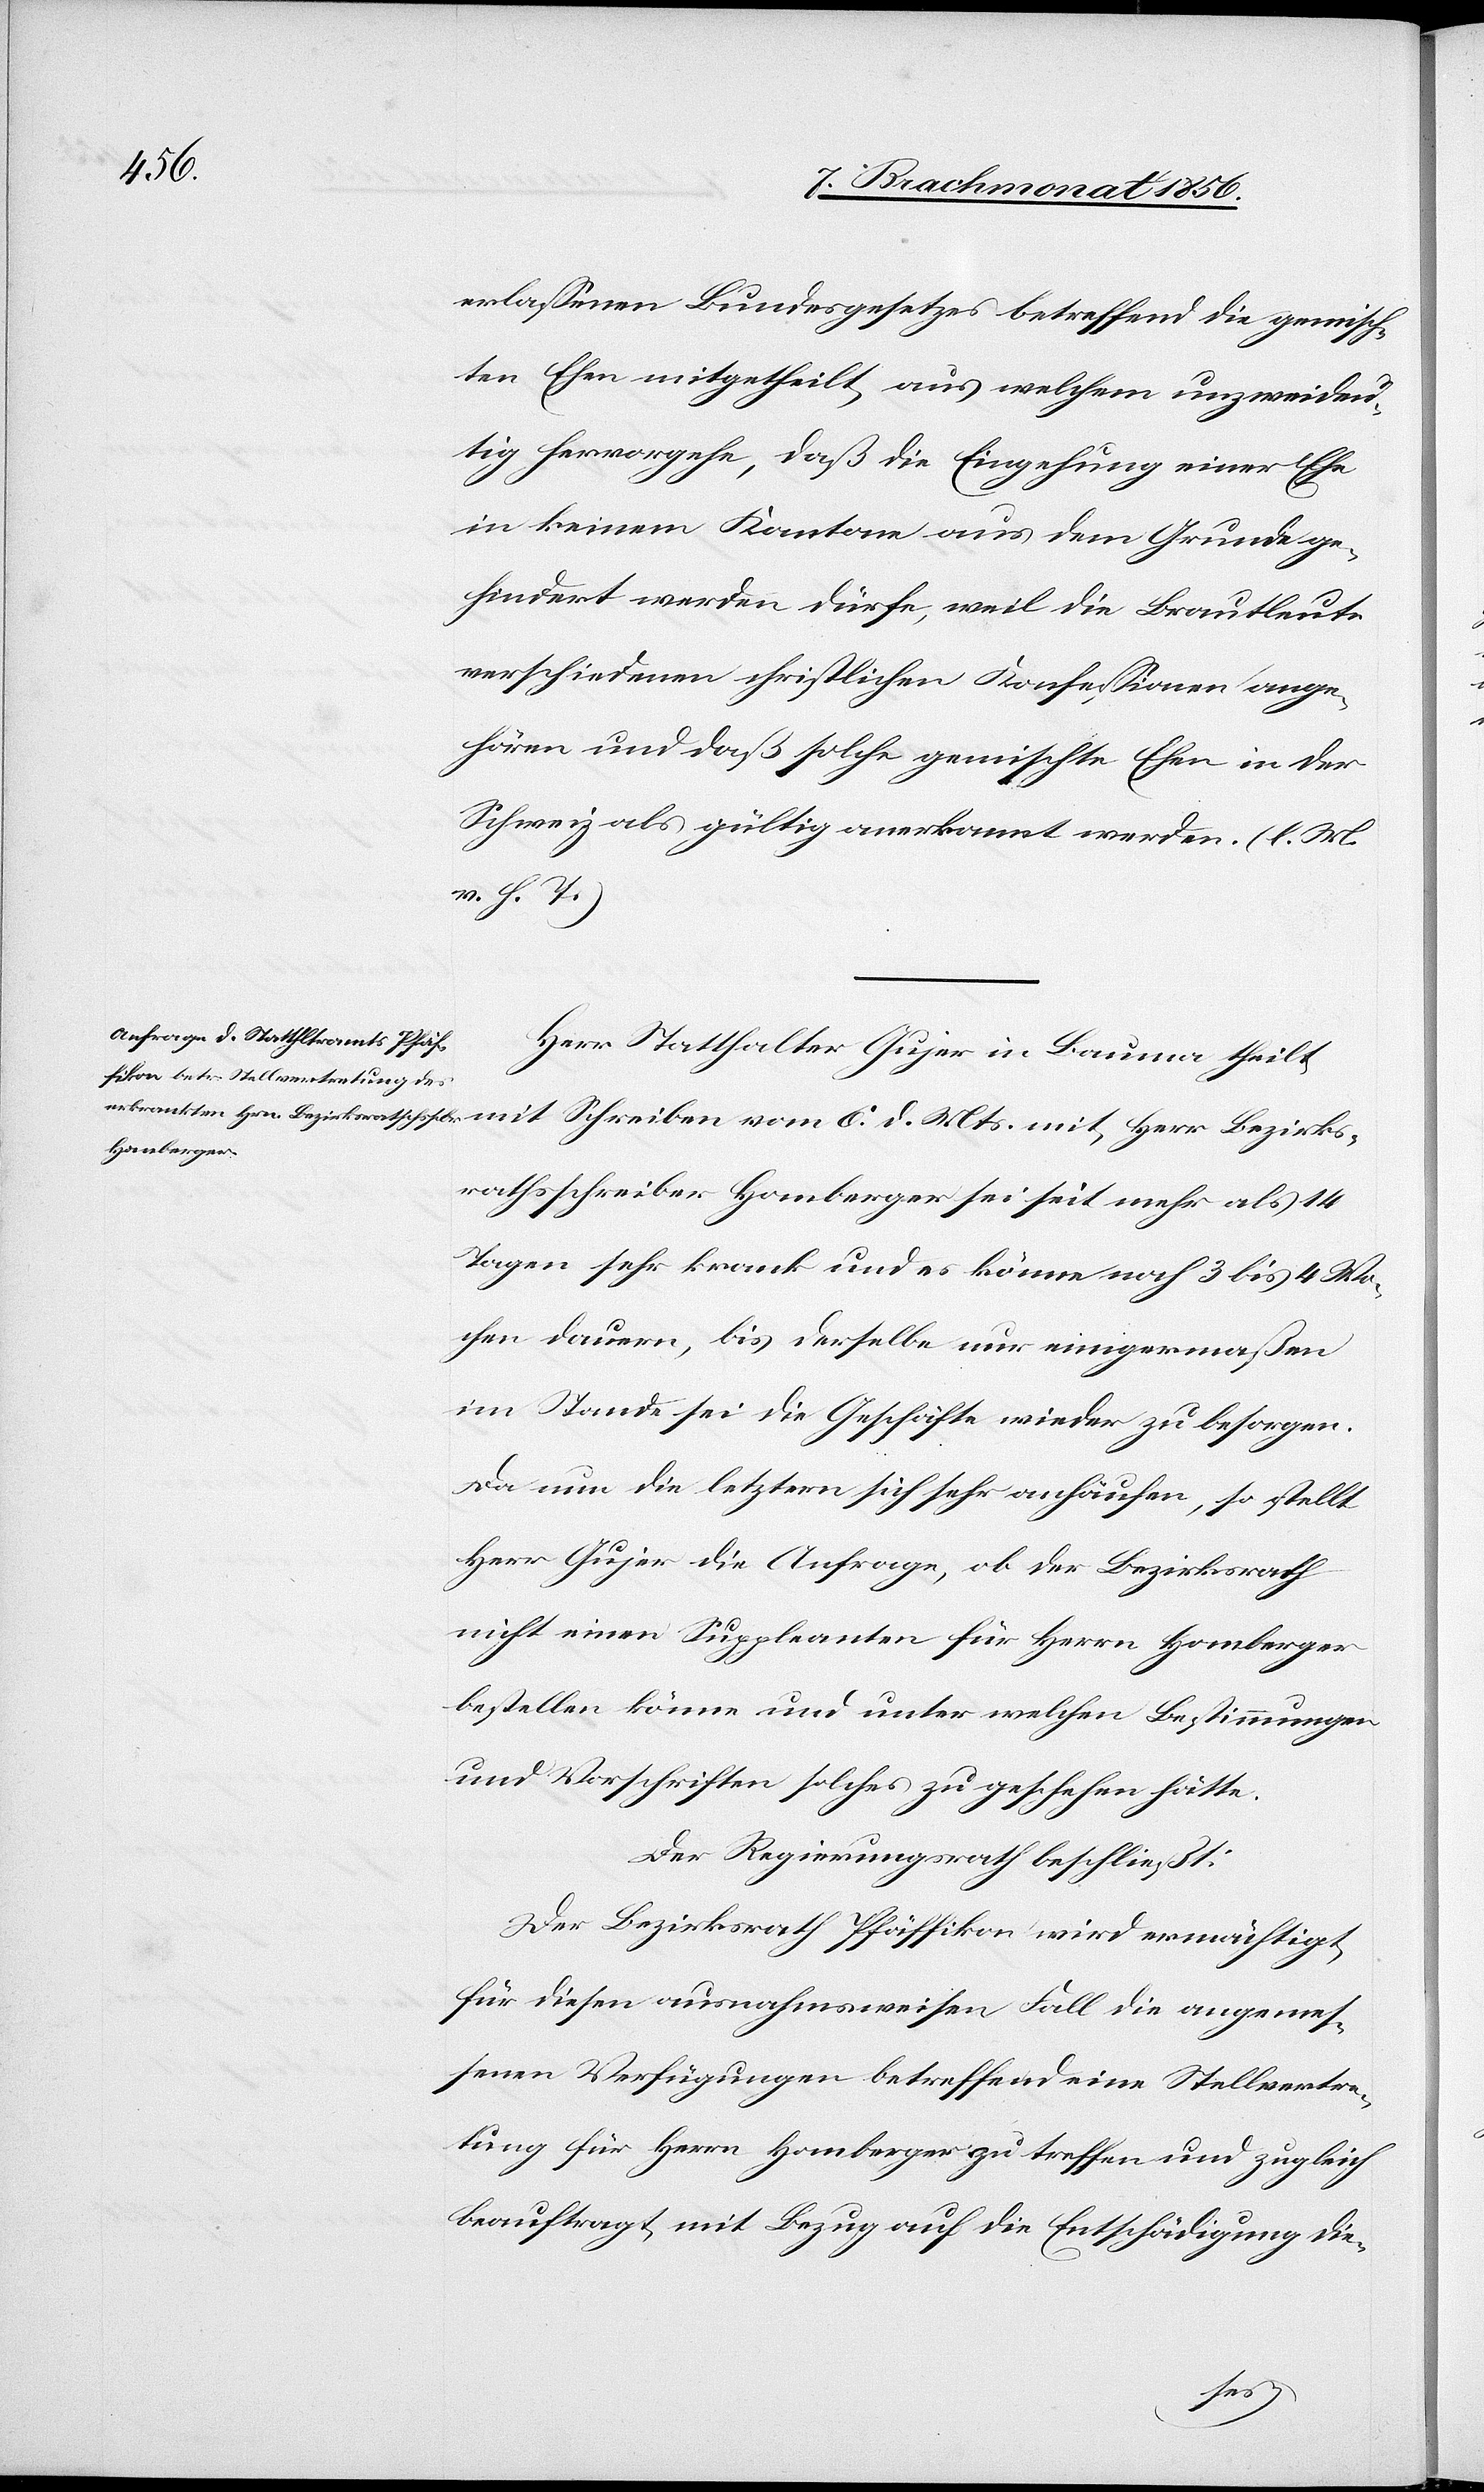
vom 6.
erlassenen Bundesgesetzes betreffend die gemisch¬
ten Ehen mitgetheilt, aus welchem unzweideu¬
tig hervorgehe, daß die Eingehung einer Ehe
in keinem Kantone aus dem Grunde ge¬
hindert werden dürfe, weil die Brautleute
verschiedenen christlichen Konfessionen ange¬
hören und daß solche gemischte Ehen in der
Schweiz als gültig anerkannt werden. (l. M.
v. h. T.)
Herr Statthalter Gujer in Bauma theilt
rathsschreiber Homberger sei seit mehr als 14
Tagen sehr krank und es könne noch 3 bis 4 Wo¬
chen dauern, bis derselbe nur einigermaßen
im Stande sei die Geschäfte wieder zu besorgen.
Da nun die letztern sich sehr anhäufen, so stellt
Herr Gujer die Anfrage, ob der Bezirksrath
nicht einen Suppleanten für Herrn Homberger
bestellen könne und unter welchen Bestimmungen
und Vorschriften solches zu geschehen hätte.
Der Regierungsrath beschließt:
Der Bezirksrath Pfäffikon wird ermächtigt,
für diesen ausnahmsweisen Fall die angemes¬
senen Verfügungen betreffend eine Stellvertre¬
tung für Herrn Homberger zu treffen und zugleich
beauftragt, mit Bezug auf die Entschädigung die-
Bezirks¬